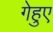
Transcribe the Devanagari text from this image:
गेहुए